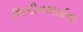
બિપીનભાઈના